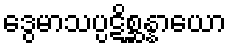
ဒွေမာသပ္ပဋိစ္ဆန္နာယော